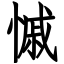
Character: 慽